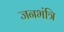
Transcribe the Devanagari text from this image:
जनभंत्रि